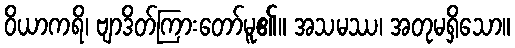
ဝိယာကရိ၊ ဗျာဒိတ်ကြားတော်မူ၏။ အသမဿ၊ အတုမရှိသော။